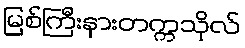
မြစ်ကြီးနားတက္ကသိုလ်